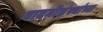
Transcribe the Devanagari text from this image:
बातमीसंस्थांच्या